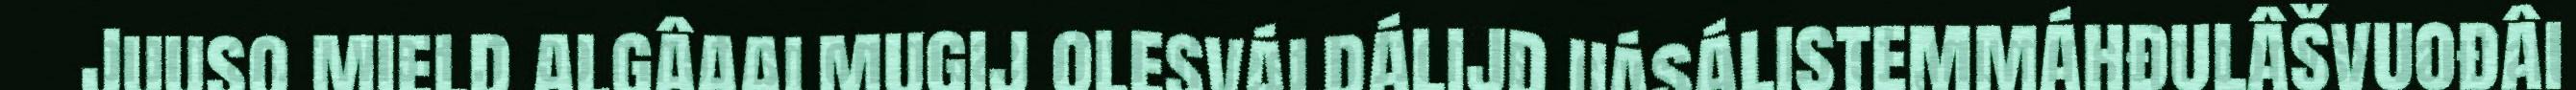
Juuso mield algâaalmugij olesváldálijd uásálistemmáhđulâšvuođâi